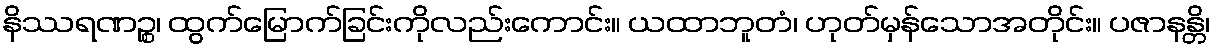
နိဿရဏဉ္စ၊ ထွက်မြောက်ခြင်းကိုလည်းကောင်း။ ယထာဘူတံ၊ ဟုတ်မှန်သောအတိုင်း။ ပဇာနန္တိ၊